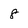
Character: 8